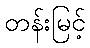
တန်းမြင့်